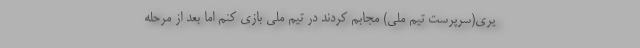
یری(سرپرست تیم ملی) مجابم کردند در تیم ملی بازی کنم اما بعد از مرحله